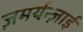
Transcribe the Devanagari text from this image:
ज़मर्यन्ज़ाई